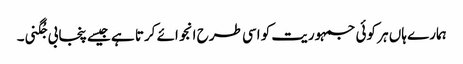
ہمارے ہاں ہر کوئی جمہوریت کو اسی طرح انجوائے کرتا ہے جیسے پنجابی جُگنی۔